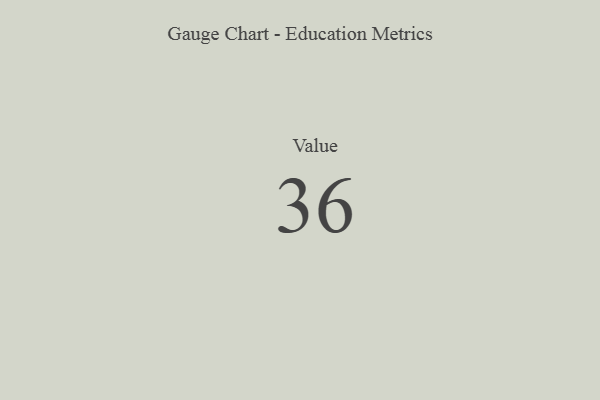
{"axis": {"x": "Metric", "y": "Value"}, "legend": [""], "data": [{"x": "Value", "y": 36, "type": ""}]}